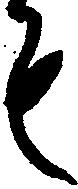
も